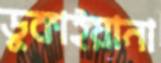
ডুকাইয়ানা